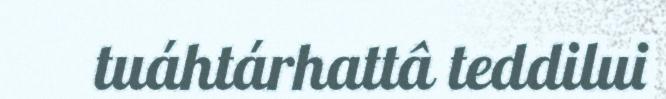
tuáhtárhattâ teddilui